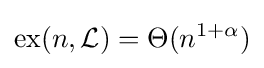
\operatorname {ex} (n,{\mathcal {L}})=\Theta (n^{1+\alpha })